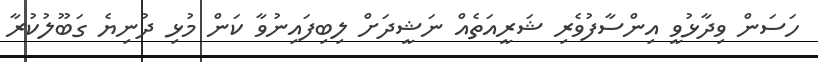
ހަސަން ވިދާޅުވީ އިންސާފުވެރި ޝަރީއަތެއް ނަޝީދަށް ލިބިފައިނުވާ ކަން މުޅި ދުނިޔެ ގަބޫލުކުރާ